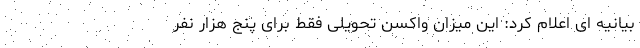
بیانیه ای اعلام کرد: این میزان واکسن تحویلی فقط برای پنج هزار نفر